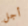
أجل